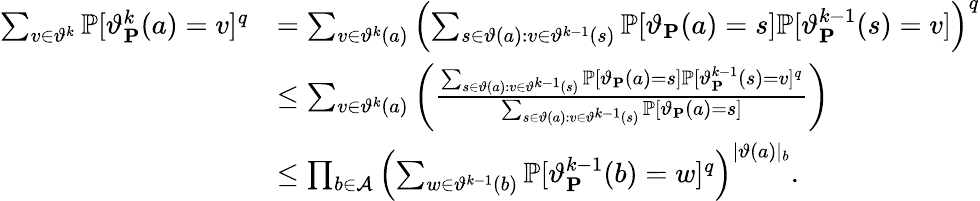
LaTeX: \begin{array}{rl}{\sum_{v\in\vartheta^{k}}\mathbb{P}[\vartheta_{\mathbf{P}}^{k}(a)=v]^{q}}&{=\sum_{v\in\vartheta^{k}(a)}\left(\sum_{s\in\vartheta(a)\colon v\in\vartheta^{k-1}(s)}\mathbb{P}[\vartheta_{\mathbf{P}}(a)=s]\mathbb{P}[\vartheta_{\mathbf{P}}^{k-1}(s)=v]\right)^{q}}\\ &{\leq\sum_{v\in\vartheta^{k}(a)}\left(\frac{\sum_{s\in\vartheta(a)\colon v\in\vartheta^{k-1}(s)}\mathbb{P}[\vartheta_{\mathbf{P}}(a)=s]\mathbb{P}[\vartheta_{\mathbf{P}}^{k-1}(s)=v]^{q}}{\sum_{s\in\vartheta(a)\colon v\in\vartheta^{k-1}(s)}\mathbb{P}[\vartheta_{\mathbf{P}}(a)=s]}\right)}\\ &{\leq\prod_{b\in\mathcal{A}}\left(\sum_{w\in\vartheta^{k-1}(b)}\mathbb{P}[\vartheta_{\mathbf{P}}^{k-1}(b)=w]^{q}\right)^{\lvert\vartheta(a)\rvert_{b}}\mathrm{.}}\end{array}